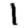
Digit: 1